Plague in India, 1896, 1897 - Volume 3
Year: 1896
Disease focus: Plague
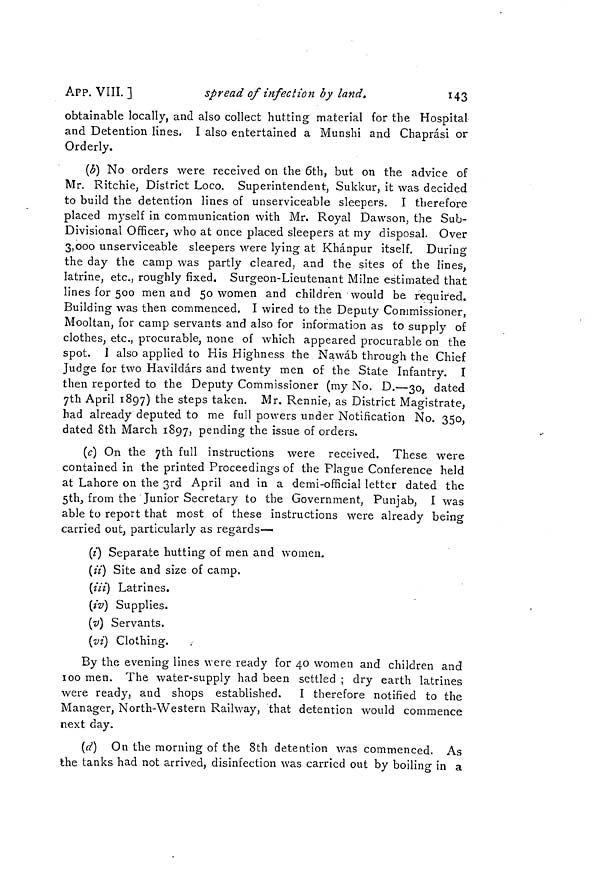
143
APP. VIII. ]
spread of infection by land.
obtainable locally, and also collect hutting material for the Hospital
and Detention lines. I also entertained a Munshi and Chaprási or
Orderly.
(b) No orders were received on the 6th, but on the advice of
Mr. Ritchie, District Loco. Superintendent, Sukkur, it was decided
to build the detention lines of unserviceable sleepers. I therefore
placed myself in communication with Mr. Royal Dawson, the Sub-
Divisional Officer, who at once placed sleepers at my disposal. Over
3,000 unserviceable sleepers were lying at Khánpur itself. During
the day the camp was partly cleared, and the sites of the lines,
latrine, etc., roughly fixed. Surgeon-Lieutenant Milne estimated that
lines for 500 men and 50 women and children would be required.
Building was then commenced. I wired to the Deputy Commissioner,
Mooltan, for camp servants and also for information as to supply of
clothes, etc., procurable, none of which appeared procurable on the
spot. I also applied to His Highness the Nawáb through the Chief
Judge for two Havildárs and twenty men of the State Infantry. I
then reported to the Deputy Commissioner (my No. D.—30, dated
8th April 1897) the steps taken. Mr. Rennie, as District Magistrate,
had already deputed to me full powers under Notification No. 350,
dated 8th March 1897, pending the issue of orders.
(c) On the 7th full instructions were received. These were
contained in the printed Proceedings of the Plague Conference held
at Lahore on the 3rd April and in a demi-official letter dated the
5th, from the Junior Secretary to the Government, Punjab, I was
able to report that most of these instructions were already being
carried out, particularly as regards—
(i) Separate hutting of men and women.
(ii) Site and size of camp.
(iii) Latrines.
(iv) Supplies.
(v) Servants.
(vi) Clothing.
By the evening lines were ready for 40 women and children and
100 men. The water-supply had been settled ; dry earth latrines
were ready, and shops established. I therefore notified to the
Manager, North-Western Railway, that detention would commence
next day.
(d) On the morning of the 8th detention was commenced. As
the tanks had not arrived, disinfection was carried out by boiling in a